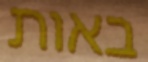
באות